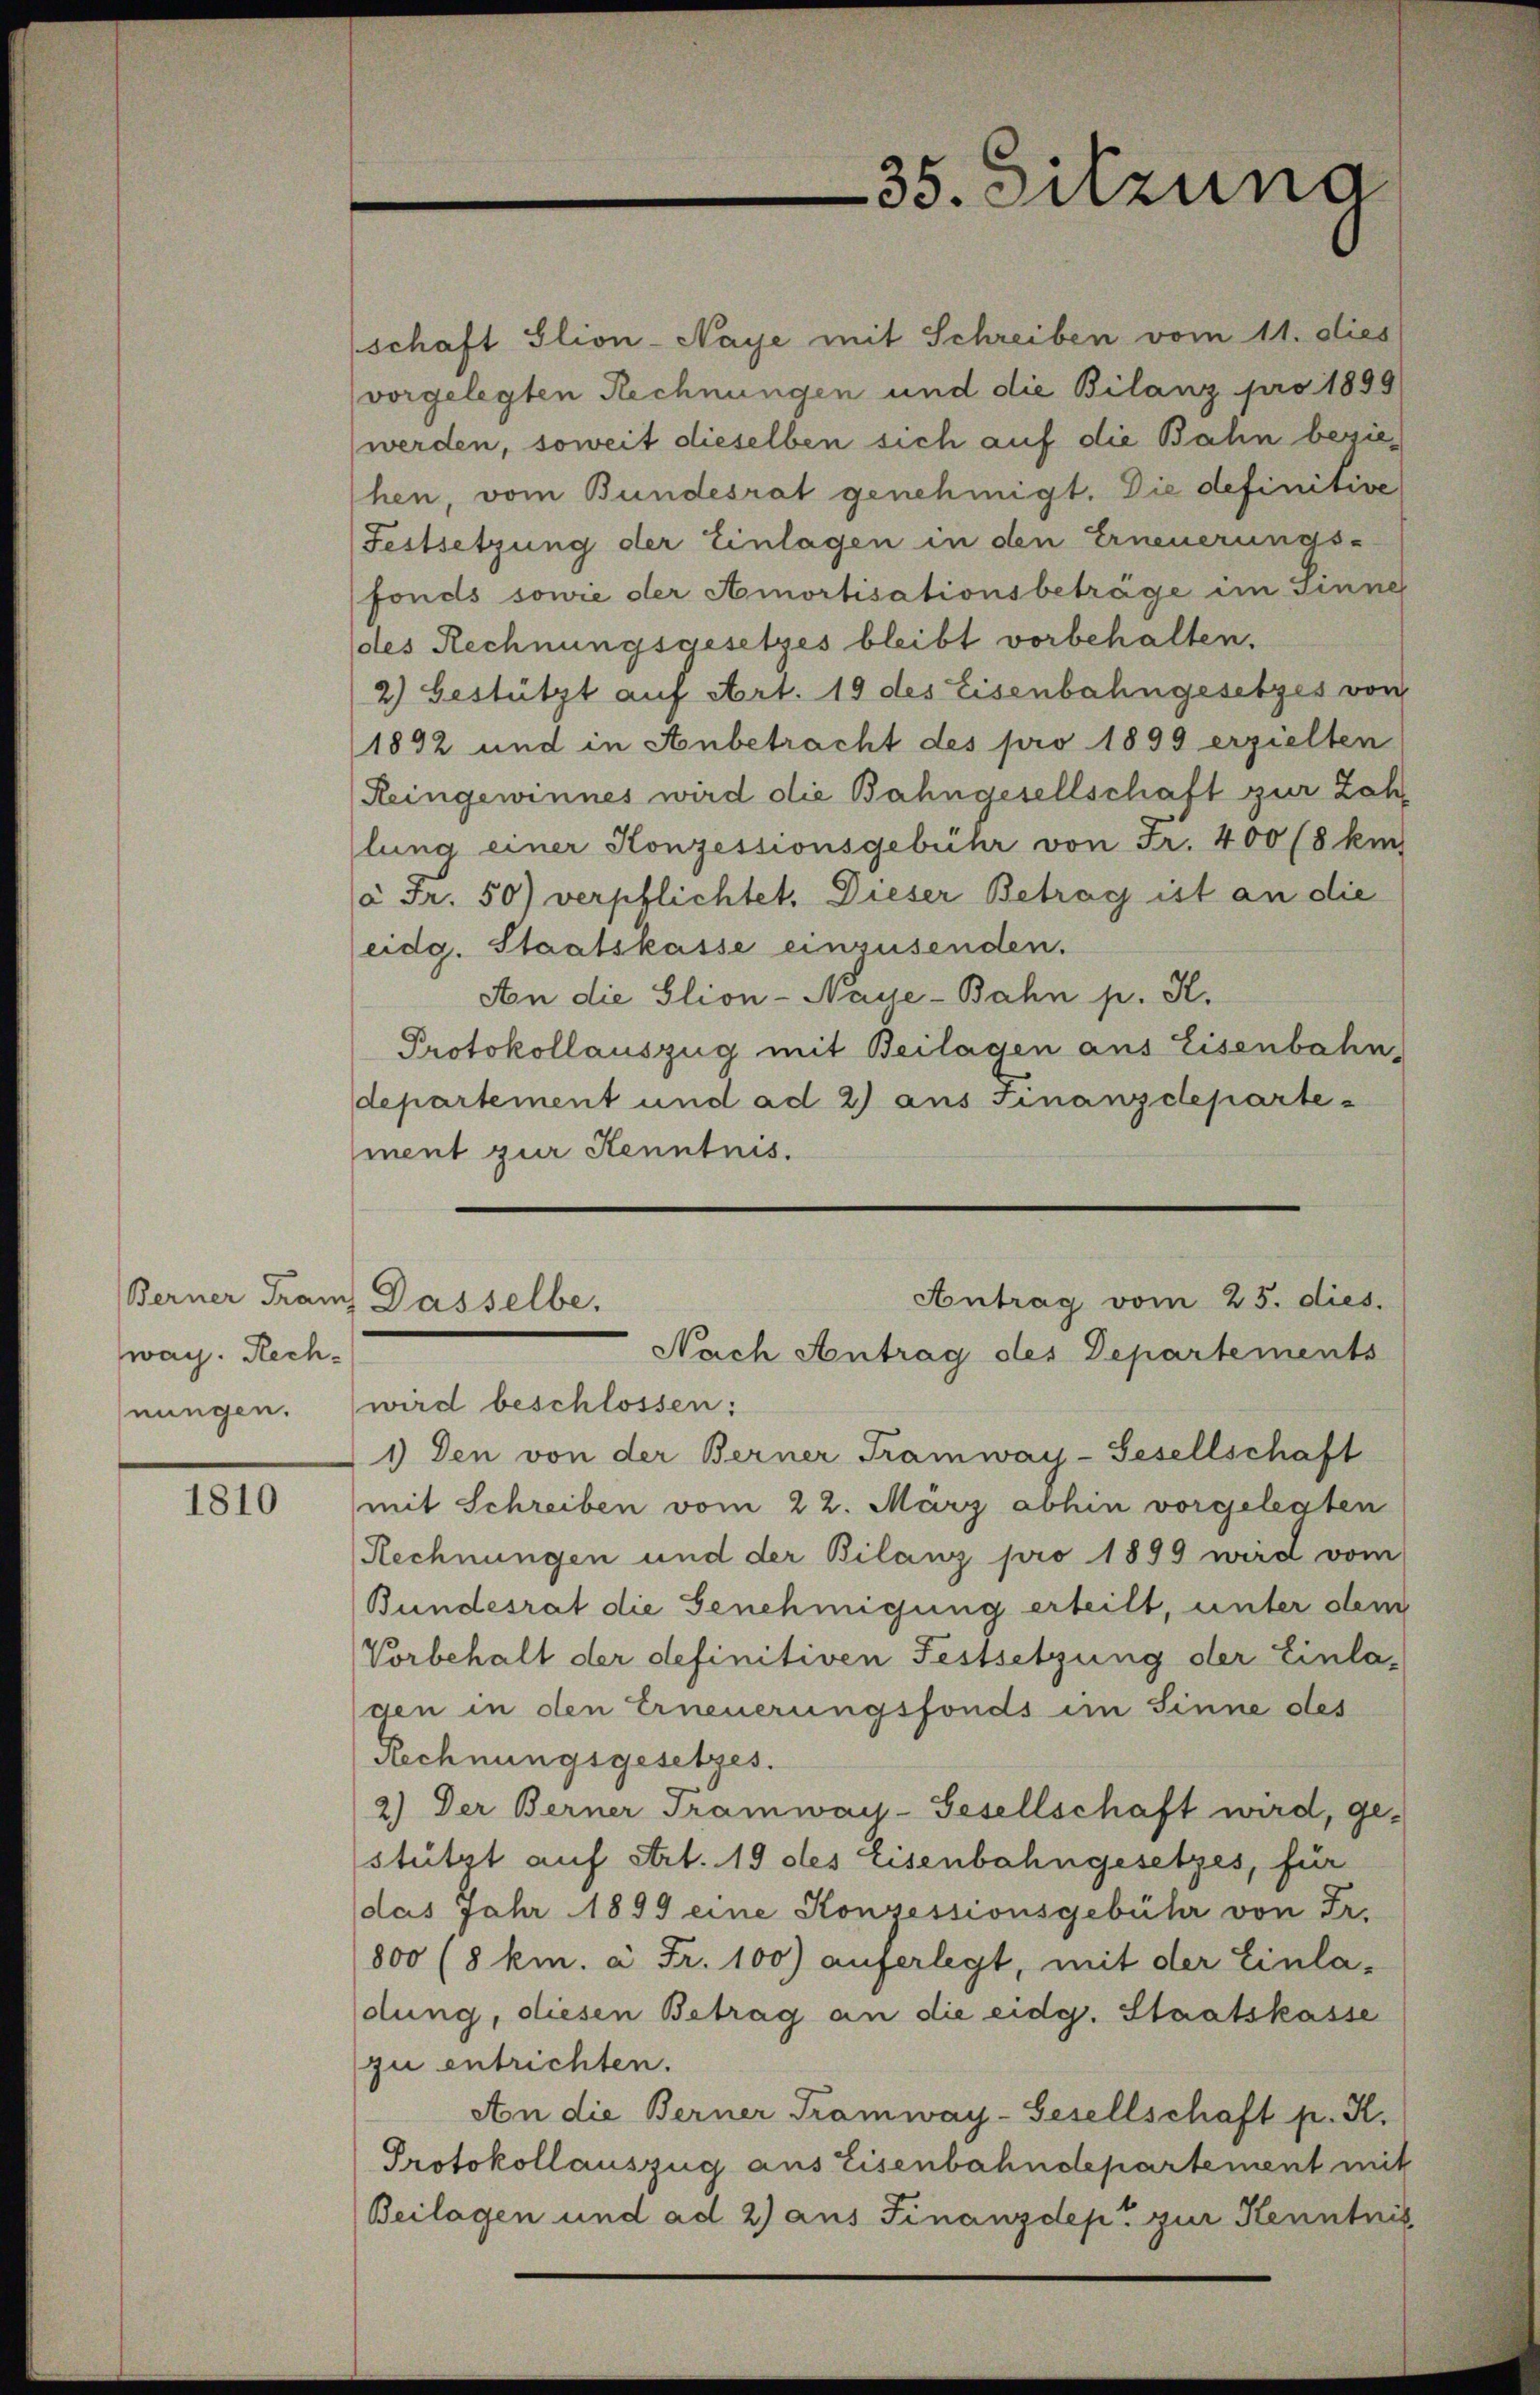
war. Rechnungen.

1810

35. Sitzuna

schaft Ilion-Naye mit Schreiben vom 11. dies
vorgelegten Rechnungen und die Bilanz pro 1899/
werden, soweit dieselben sich auf die Bahn beziehen, vom Bundesrat genehmigt. Die definitive
Festsetzung der Einlagen in den Erneuerungs-
fonds sowie der Amortisationsbeträge im Sinne
des Rechnungsgesetzes bleibt vorbehalten.
2) bestützt auf Art. 19 des Eisenbahngesetzes von
1892 und in Anbetracht des pro 1899 erzielten
Reingewinnes wird die Bahngesellschaft zur Zah
lung einer Konzessionsgebier von Fr. 400 (8 km
à Fr. 50) verpflichtet. Dieser Betrag ist an die
eidg. Staatskasse einzusenden.
An die Slion-Naye-Bahn p. K.
Protokollauszug mit Beilagen aus Eisenbahn,
departement und ad 2) aus Finanzdepartement zur Kenntnis.

wird beschlossen:
1) Den von der Berner Tramway-Gesellschaft
mit Schreiben vom 22. März abhin vorgelegten
Rechnungen und der Bilanz pro 1899 wird vom
Bundesrat die Genehmigung erteilt, unter dem
Vorbehalt der definitiven Festsetzung der Einla-
den in den Erneuerungsfonds im Sinne des
Rechnungsgesetzes.
2.) Der Berner Tramway-Gesellschaft wird, gestützt auf Art. 19 des Eisenbahngesetzes, für
das Jahr 1899 eine Konzessionsgebühr von Fr.
800 (8 km. à Fr. 100) auferlegt, mit der Einla-
dung, diesen Betrag an die eidg. Staatskasse
zu entrichten.
An die Berner Tramway-Gesellschaft p. K.
Protokollauszug aus Eisenbahndepartement mit
Beilagen und ad 2) aus Finanzdep. zur Kenntnis

Antrag vom 25. dies.
Berner Franz Dasselbe,
Nach Antrag des Departements